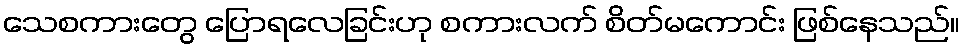
သေစကားတွေ ပြောရလေခြင်းဟု စကားလက် စိတ်မကောင်း ဖြစ်နေသည်။